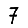
Digit: 7